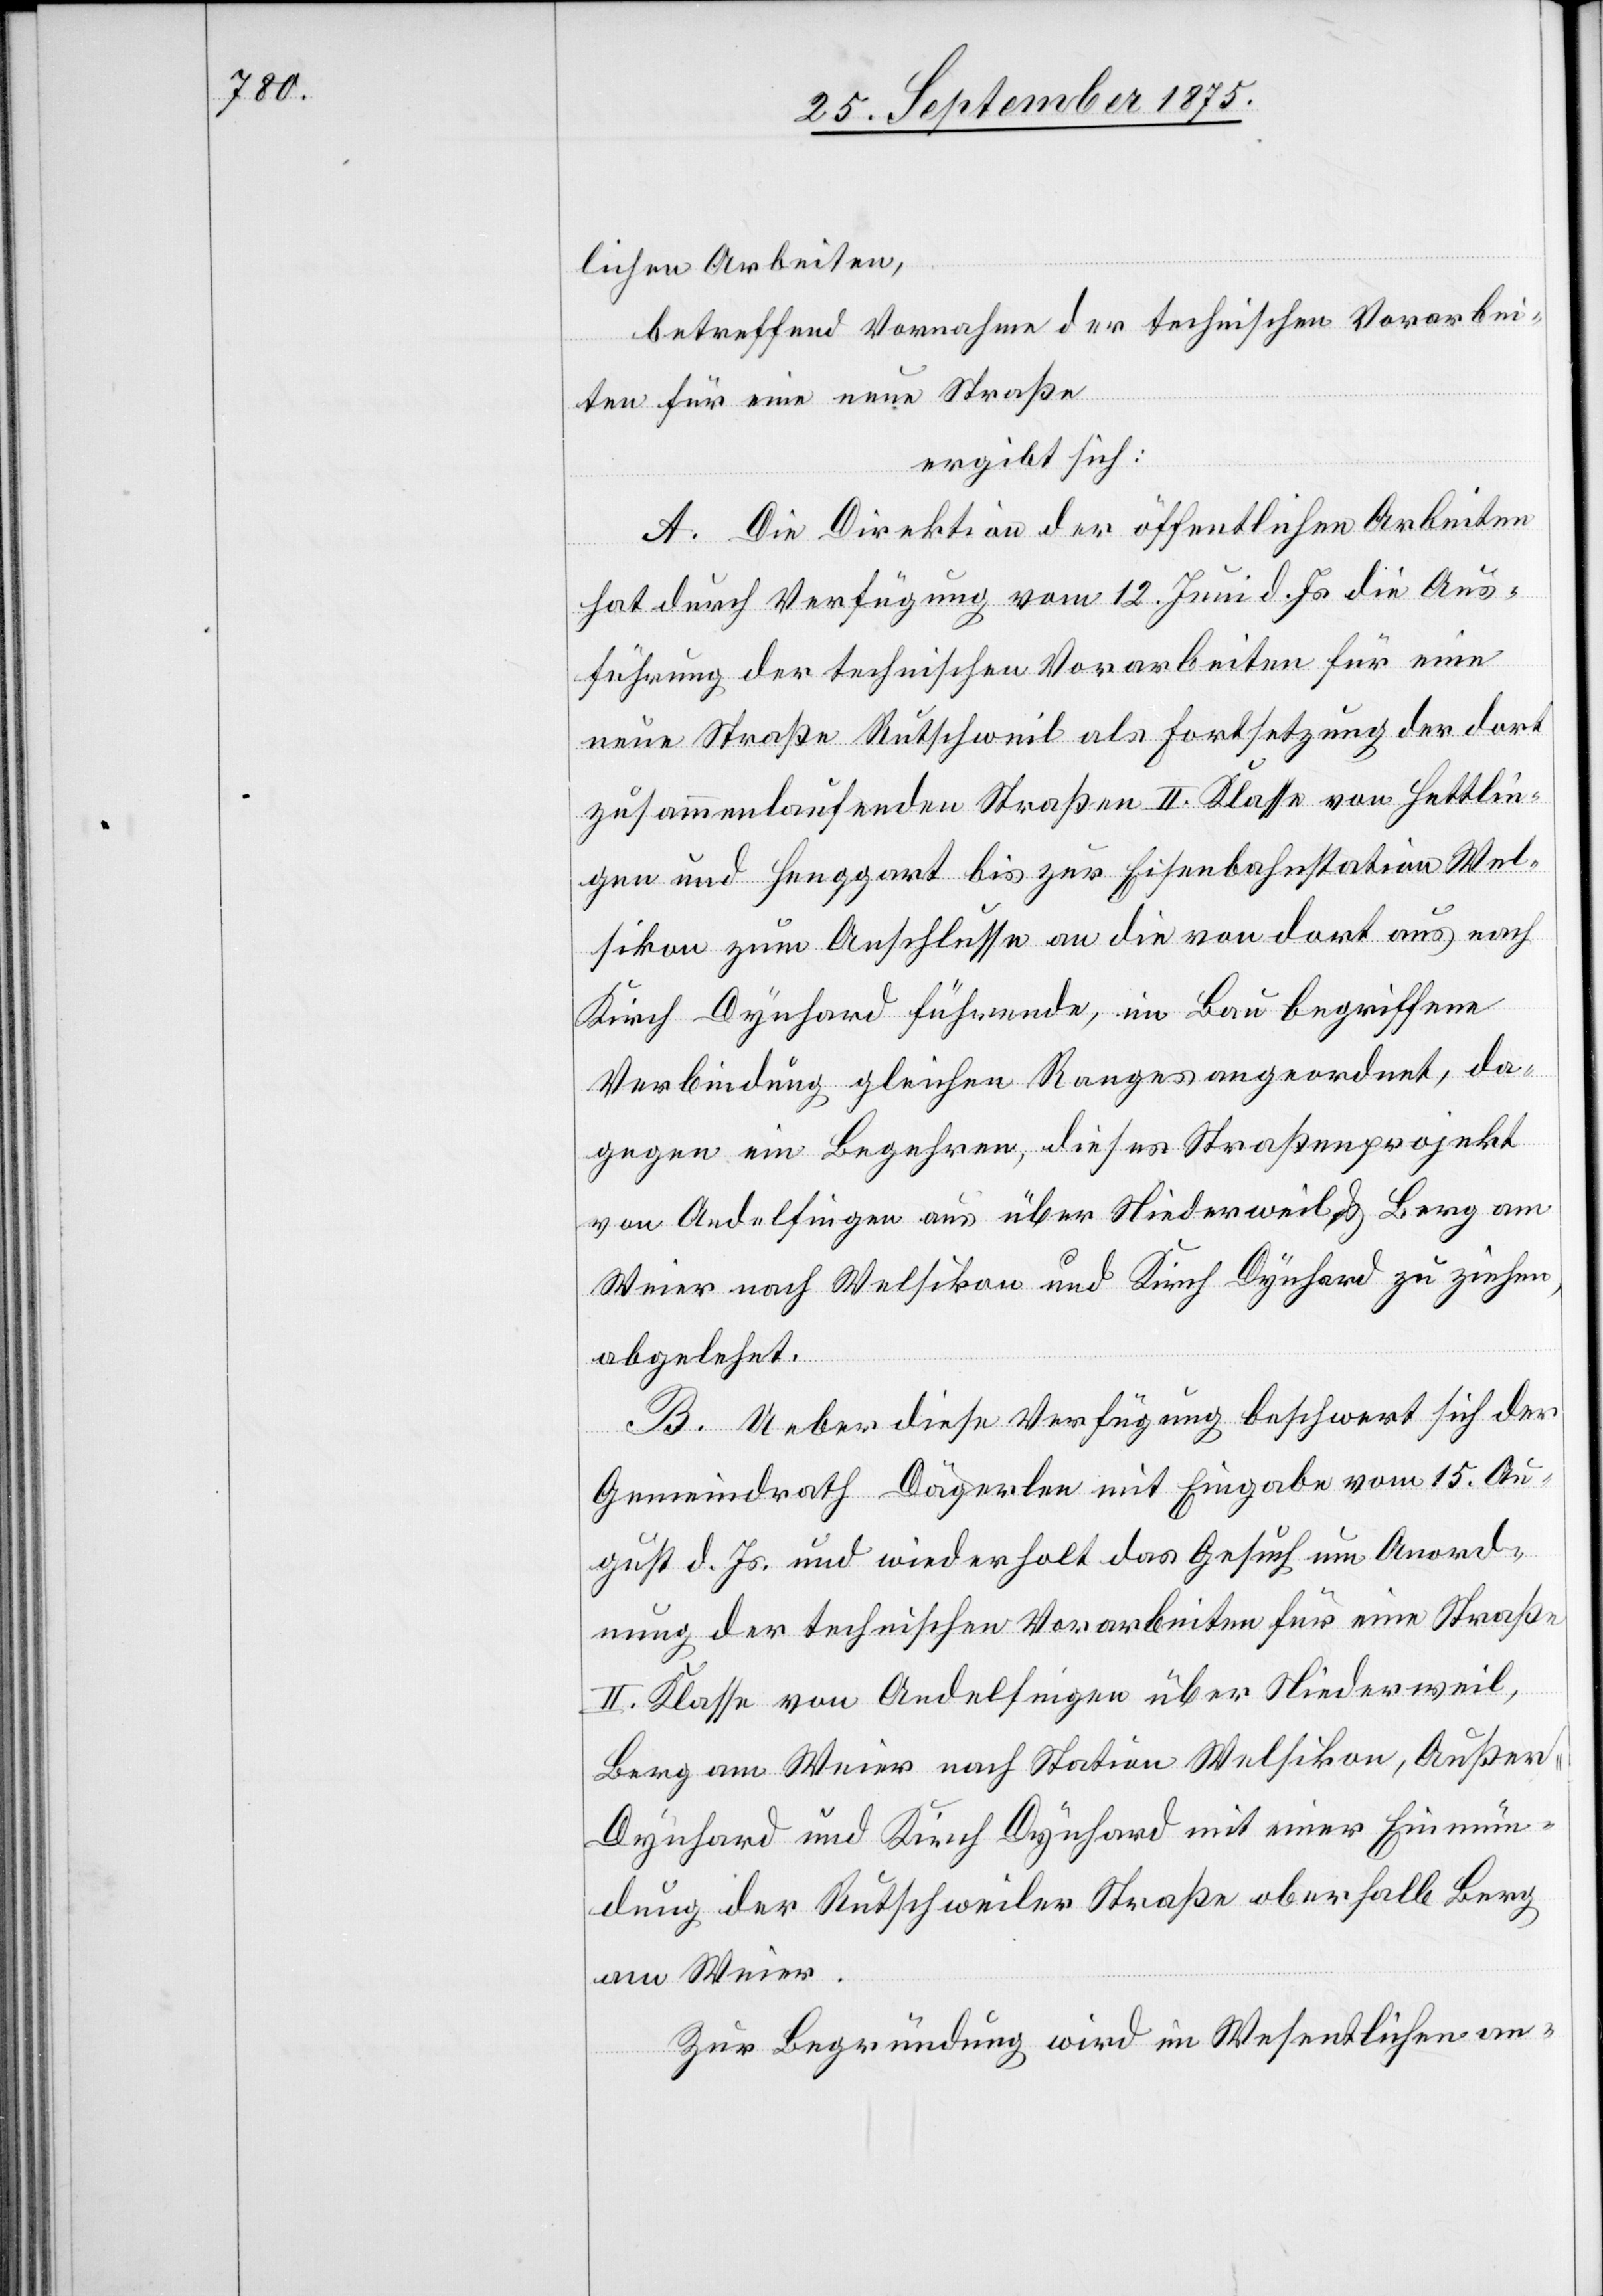
lichen Arbeiten,
betreffend Vornahme der technischen Vorarbei¬
ten für eine neue Straße
ergibt sich:
A. Die Direktion der öffentlichen Arbeiten
hat durch Verfügung vom 12. Juni d. Js. die Aus¬
führung der technischen Vorarbeiten für eine
neue Straße Rutschweil als Fortsetzung der dort
zusammenlaufenden Straßen II. Klasse von Hettlin¬
gen und Henggart bis zur Eisenbahnstation Wel¬
sikon zum Anschlusse an die von dort aus nach
Kirch Dynhard führende, im Bau begriffene
Verbindung gleichen Ranges angeordnet, da¬
gegen ein Begehren, dieses Straßenprojekt
von Andelfingen aus über Niederweil & Berg am
Weier nach Welsikon und Kirch Dynhard zu ziehen,
abgelehnt.
B. Ueber diese Verfügung beschwert sich der
Gemeindrath Dägerlen mit Eingabe vom 15. Au¬
gust d. Js. und wiederholt das Gesuch um Anord¬
nung der technischen Vorarbeiten für eine Straße
II. Klasse von Andelfingen über Niederweil,
Berg am Weier nach Station Welsikon, Außer-D¬
ynhard und Kirch Dynhard mit einer Einmün¬
dung der Rutschweiler Straße oberhalb Berg
am Weier.
Zur Begründung wird im Wesentlichen an-